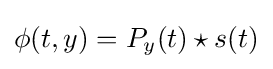
\phi (t,y)=P_{y}(t)\star s(t)